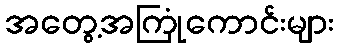
အတွေ့အကြုံကောင်းများ